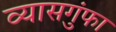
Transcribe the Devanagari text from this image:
व्यासगुंफा